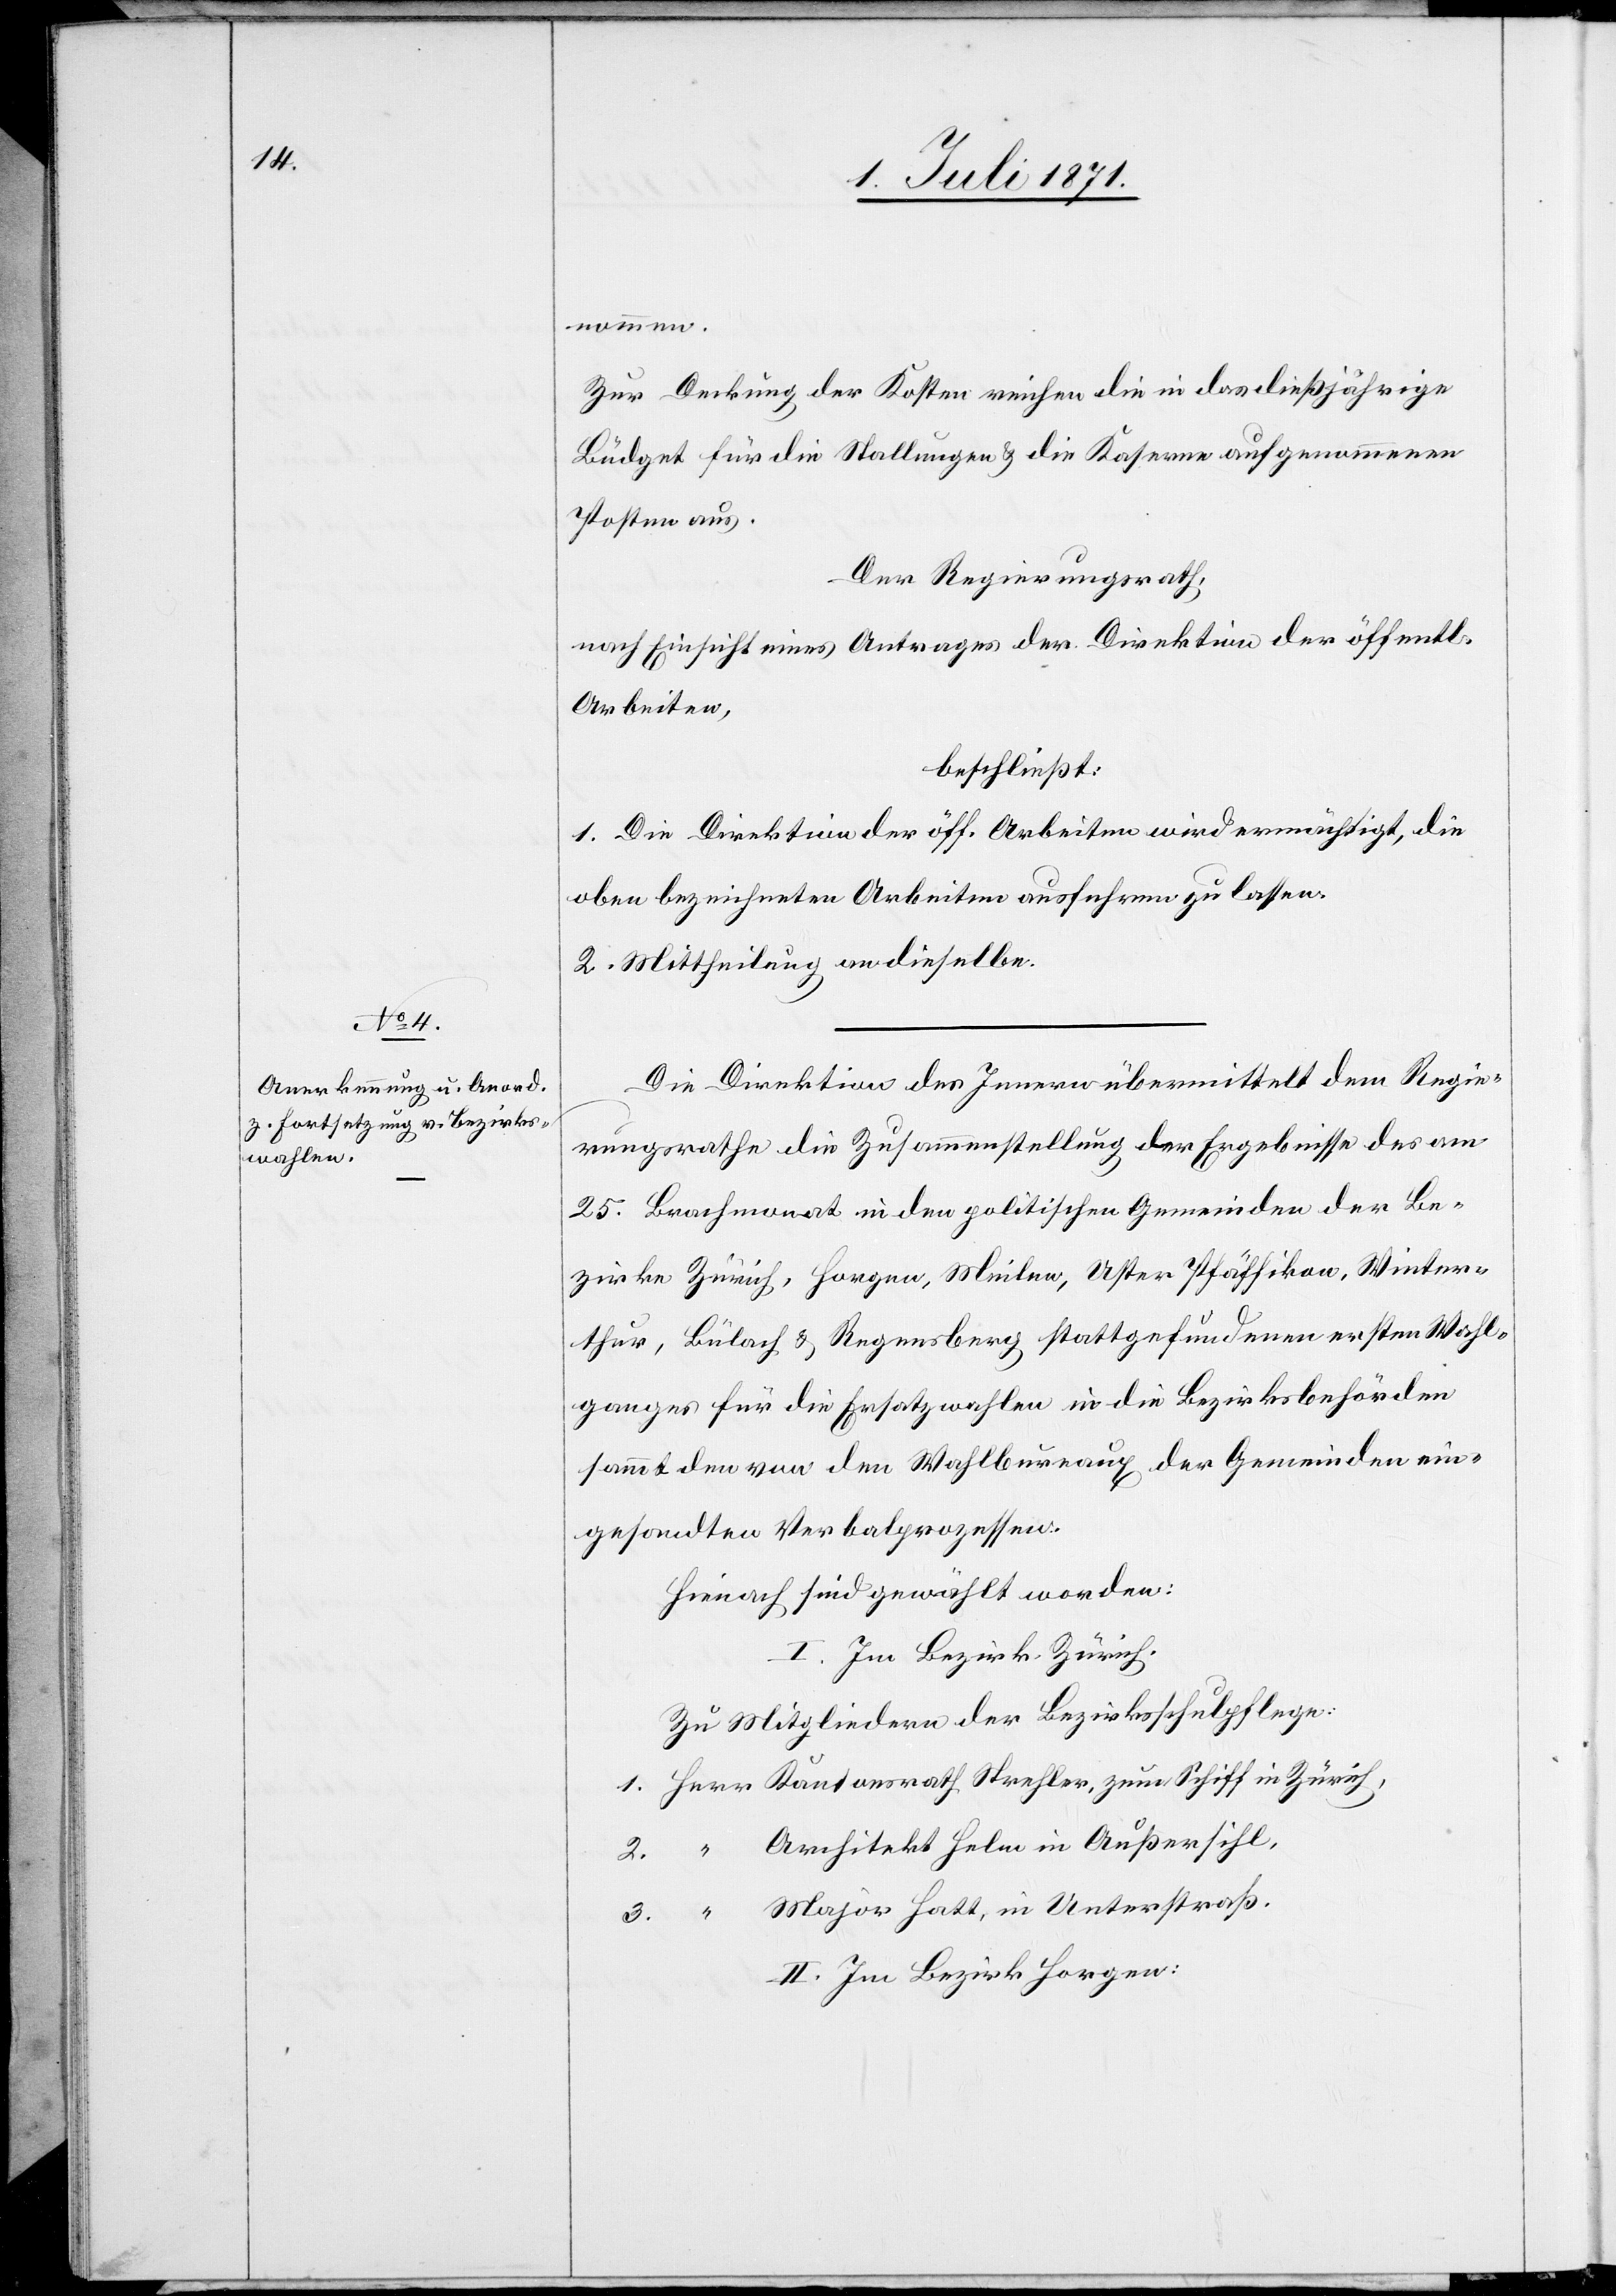
nommen.
Zur Deckung der Kosten reichen die in das dießjährige
Budget für die Stallungen u. die Kaserne aufgenommenen
Posten aus.
Der Regierungsrath,
nach Einsicht eines Antrages der Direktion der öffentl.
Arbeiten,
beschließt:
1. Die Direktion der öff. Arbeiten wird ermächtigt, die
oben bezeichneten Arbeiten ausführen zu lassen.
2. Mittheilung an dieselbe.
Die Direktion des Innern übermittelt dem Regie¬
rungsrathe die Zusammenstellung der Ergebnisse des am
25. Brachmonat in den politischen Gemeinden der Be¬
zirke Zürich, Horgen, Meilen, Uster Pfäffikon, Winter¬
thur, Bülach u. Regensberg stattgefundenen ersten Wahl¬
ganges für die Ersatzwahlen in die Bezirksbehörden
sammt den von den Wahlbureaux der Gemeinden ein¬
gesandten Verbalprozessen.
Hienach sind gewählt worden:
I. Im Bezirk Zürich.
Zu Mitgliedern der Bezirksschulpflege:
Architekt Helm in Außersihl,
Major Hatt, in Unterstraß.
II. Im Bezirk Horgen